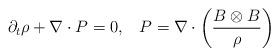
LaTeX: \begin{align*}\partial_t\rho+\nabla\cdot P=0,\;\;\;P=\nabla\cdot\left(\frac{B\otimes B}{\rho}\right)\end{align*}